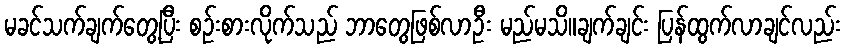
မခင်သက်ချက်တွေ့ပြီး စဉ်းစားလိုက်သည် ဘာတွေဖြစ်လာဦး မည်မသိ။ချက်ချင်း ပြန်ထွက်လာချင်လည်း